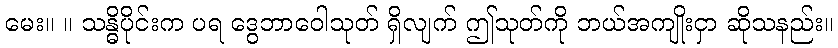
မေး။ ။ သန္ဓိပိုင်းက ပရ ဒွေဘာဝေါသုတ် ရှိလျက် ဤသုတ်ကို ဘယ်အကျိုးငှာ ဆိုသနည်း။